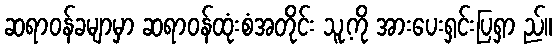
ဆရာဝန်ခမျာမှာ ဆရာဝန်ထုံးစံအတိုင်း သူ့ကို အားပေးရှင်းပြရှာ ည်။